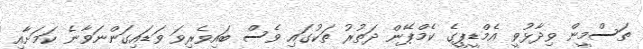
ތަސްމީން ވިދާޅުވީ އެމްޑީޕީގެ ކެމްޕޭން ދަތުރު ތަކުގައި ވެސް ބައިވެރިވަ ވަޑައިގަންނަވާނެ ކަމަށާއި